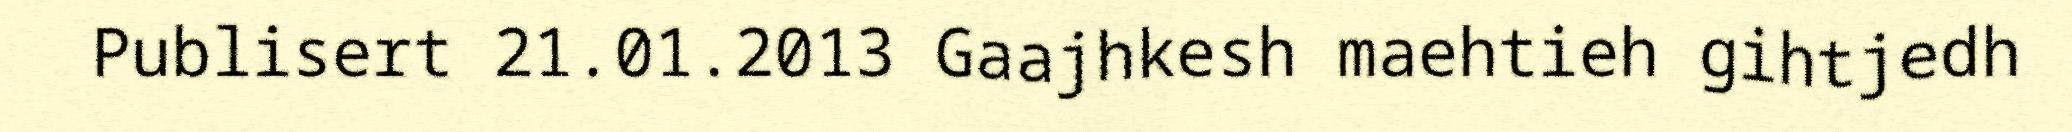
Publisert 21.01.2013 Gaajhkesh maehtieh gihtjedh